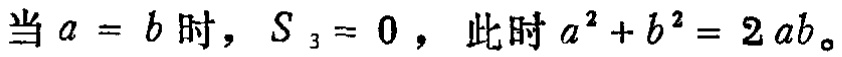
当 \(a = b\) 时，\(S_3 = 0\)，此时 \(a^{2}+b^{2}=2ab\)。